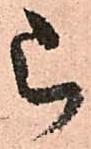
被